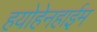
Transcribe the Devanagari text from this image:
हयोहेनहाईम